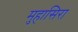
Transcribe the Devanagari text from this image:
मुहासिरा